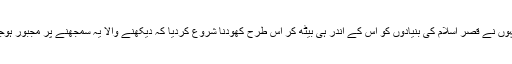
مرتب موصوف نے اس مقالہ میں ان لوگوں کا تذکرہ کیا ہے جنہوں نے قصرِ اسلام کی بنیادوں کو اس کے اندر ہی بیٹھ کر اس طرح کھودنا شروع کردیا کہ دیکھنے والا یہ سمجھنے پر مجبور ہوجائے کہ وہ تخریب کاری کی بجائے تعمیر میں لگے ہوئے ہیں۔